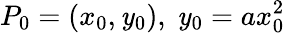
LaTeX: P_{0}=(x_{0},\mathit{y}_{0}),\ \mathit{y}_{0}=ax_{0}^{2}